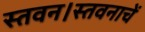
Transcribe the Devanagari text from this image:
स्तवन।स्तवनाचें